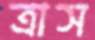
ত্রাস